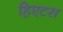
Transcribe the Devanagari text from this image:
हिएटस